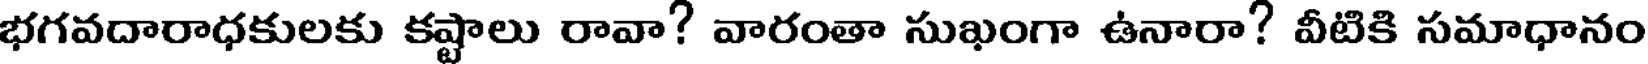
భగవదారాధకులకు కష్టాలు రావా? వారంతా సుఖంగా ఉనారా? వీటికి సమాధానం